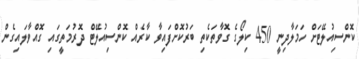
ކޮންސިއުލޭޓަށް ހަމަލާދިނީ 450 ކިލޯގެ ގޮވާތަކެތި ބަރުކޮށްފައިވާ ކާރެއް ކޮންސިއުލޭޓް ދޮރުމަތީގައި ގޮއްވާލައިގެން